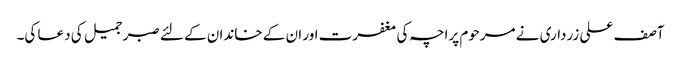
آصف علی زرداری نے مرحوم پراچہ کی مغفرت اور ان کے خاندان کے لئے صبر جمیل کی دعا کی۔